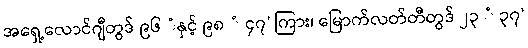
အရှေ့လောင်ဂျီတွဒ် ၉၆ ံနှင့် ၉၈ ံ ၄၇’ ကြား၊ မြောက်လတ်တီတွဒ် ၂၃ ံ ၃၇’